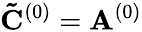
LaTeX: \mathbf{\tilde{C}}^{(0)}=\mathbf{A}^{(0)}